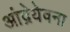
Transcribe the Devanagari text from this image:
आंद्रेयेवना